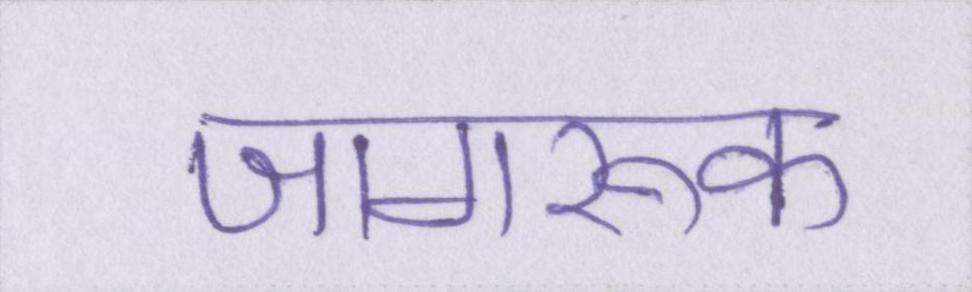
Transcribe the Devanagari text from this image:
जागरूक